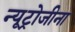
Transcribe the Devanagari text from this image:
न्यूट्रोजीना